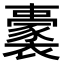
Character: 𧞢